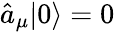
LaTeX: \hat{a}_{\mu}|0\rangle=0